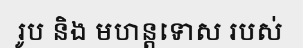
រូប និង មហន្តទោស របស់